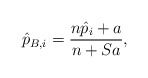
\begin{align*}\hat{p}_{B,i} = \frac{n \hat{p}_i + a}{n + Sa},\end{align*}